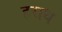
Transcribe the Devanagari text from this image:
हराध